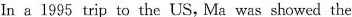
In a 1995 trip to the US, Ma was showed the